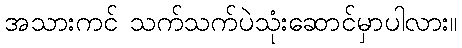
အသားကင် သက်သက်ပဲသုံးဆောင်မှာပါလား။